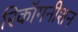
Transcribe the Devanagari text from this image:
रिकॉगनीशन